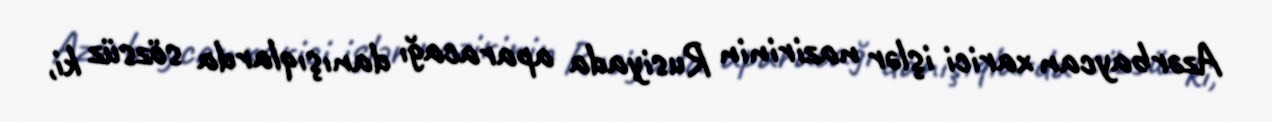
Azərbaycan xarici işlər nazirinin Rusiyada aparacağı danışıqlarda sözsüz ki,